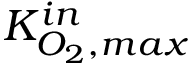
K _ { O _ { 2 } , m a x } ^ { i n }